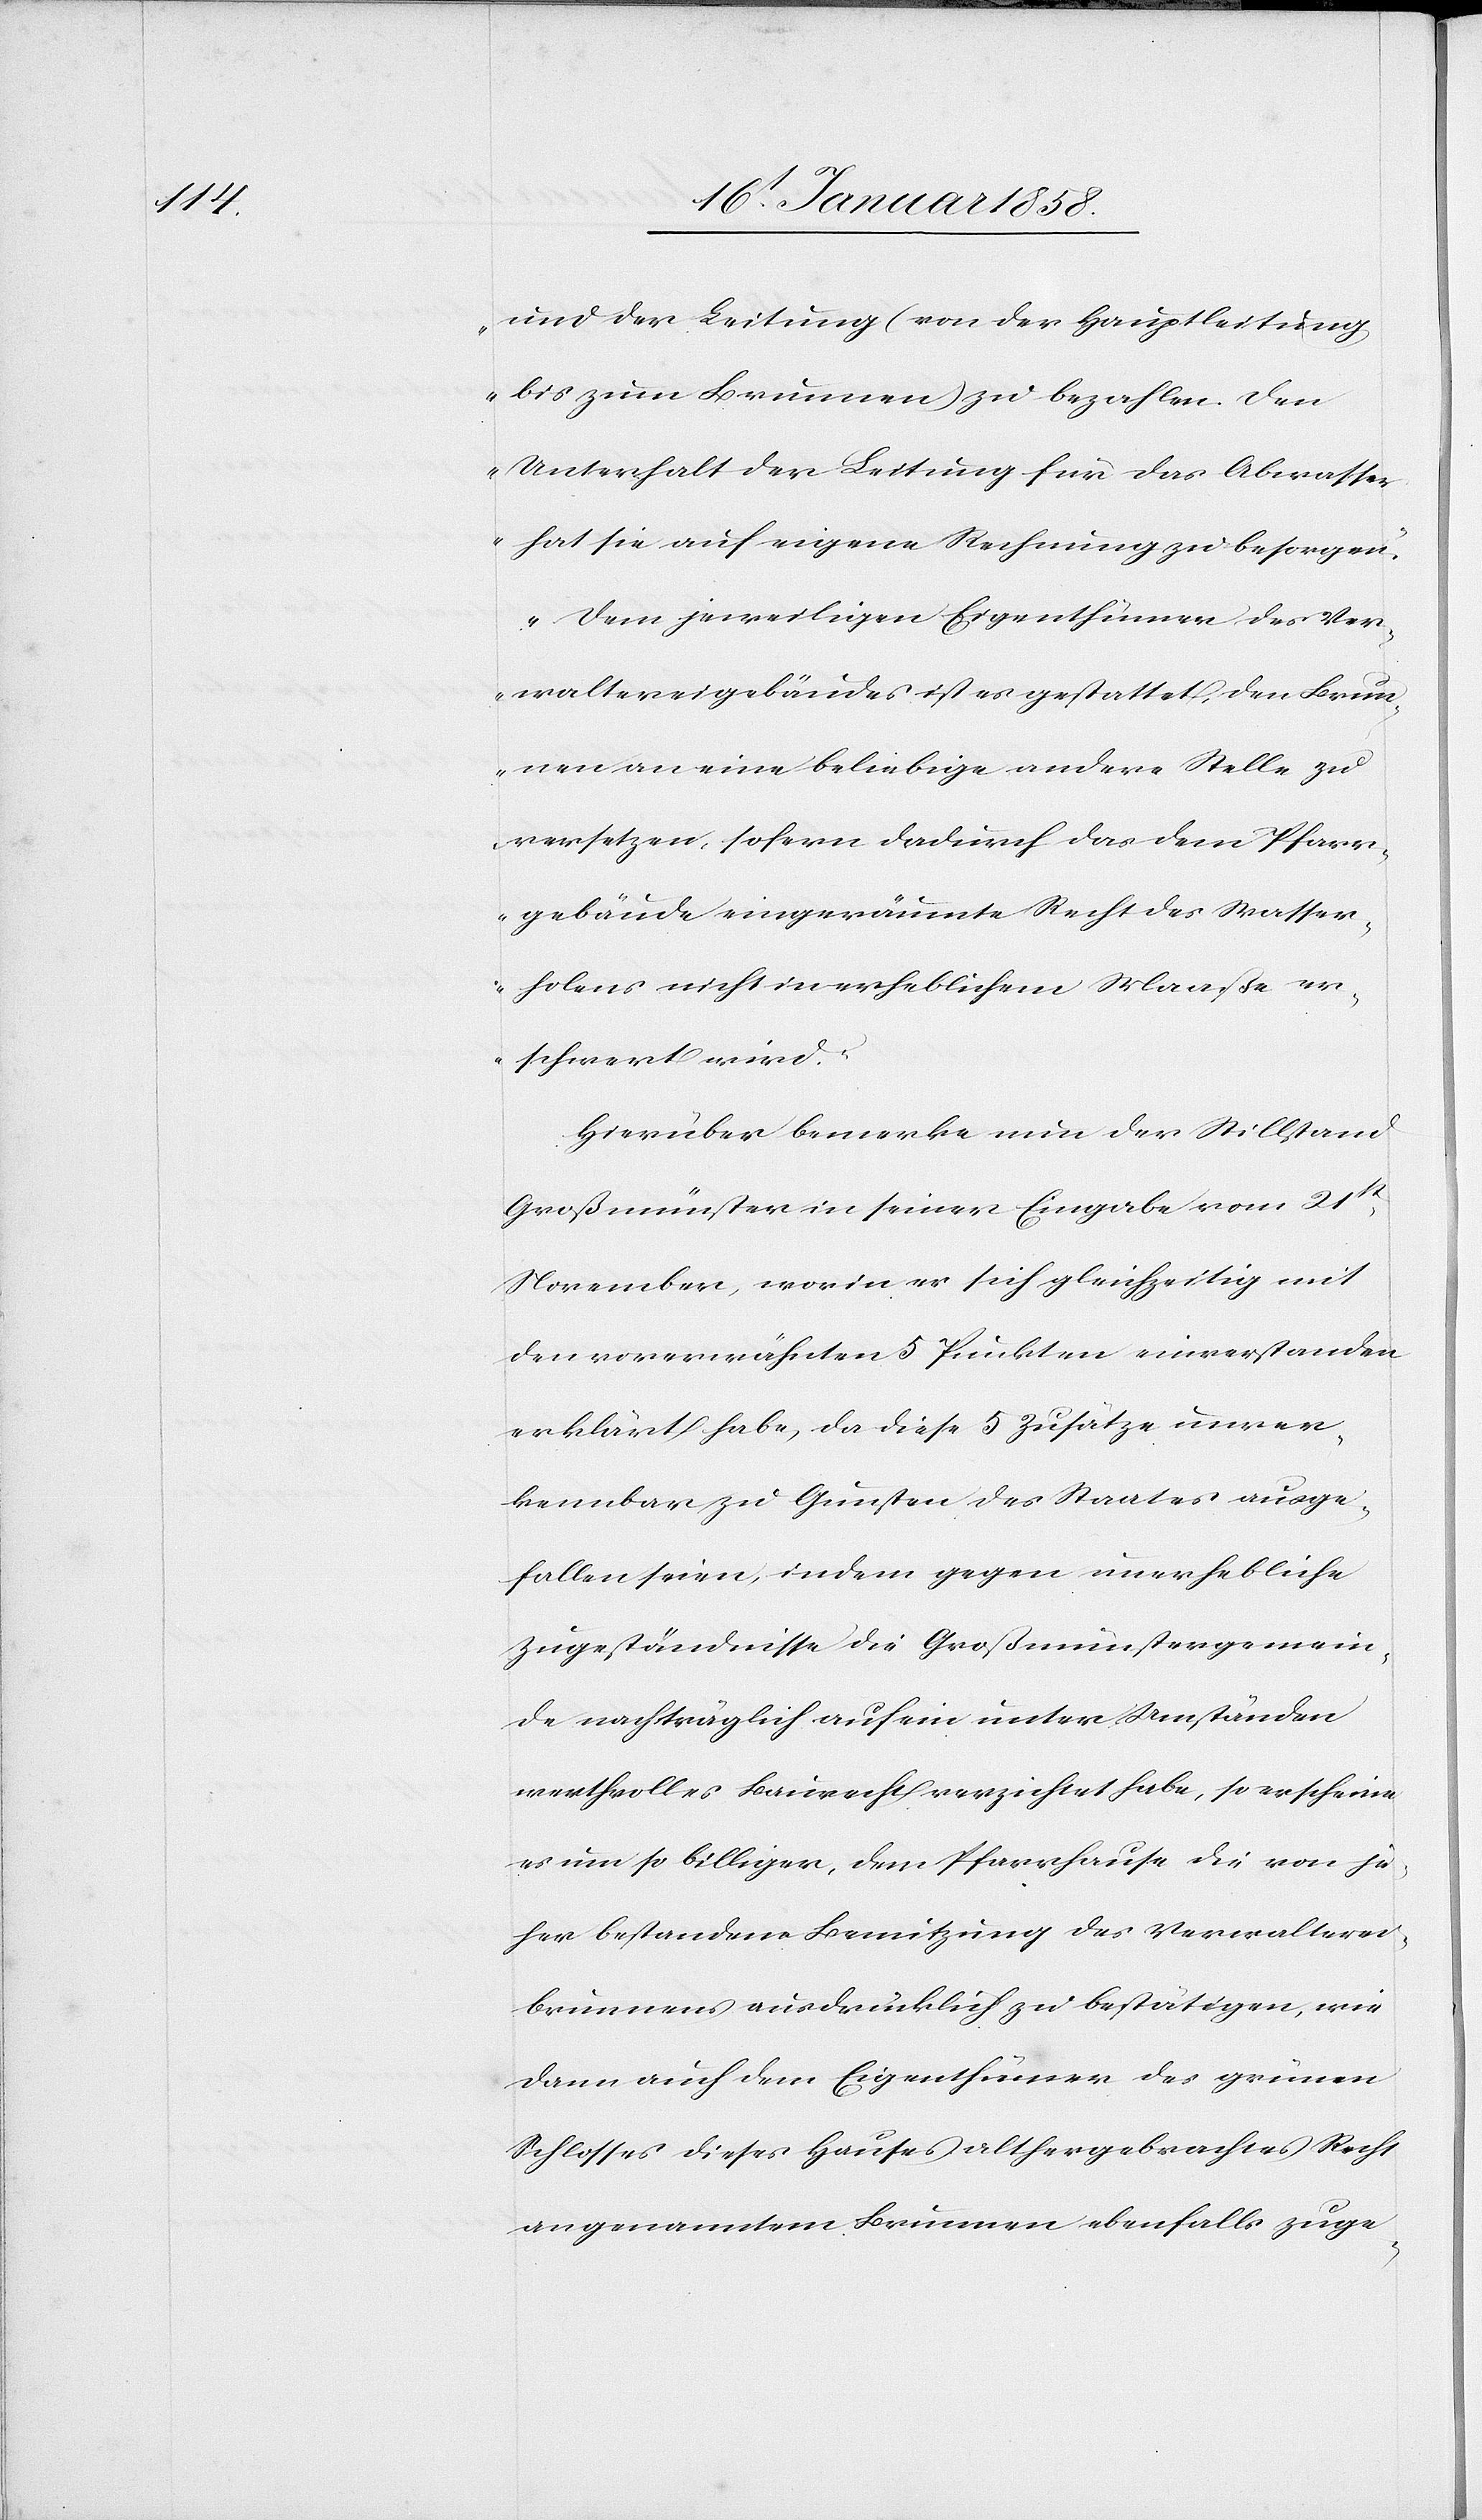
und der Leitung (von der Hauptleitung
bis zum Brunnen) zu bezahlen. Den
Unterhalt der Leitung für das Abwasser
hat sie auf eigene Rechnung zu besorgen.
Dem jeweiligen Eigenthümer des Ver¬
waltereigebäudes ist es gestattet, den Brun¬
nen an eine beliebige andere Stelle zu
versetzen, sofern dadurch das dem Pfarr¬
gebäude eingeräumte Recht des Wasser¬
holens nicht in erheblichem Maaße er¬
schwert wird.“
Hierüber bemerke nun der Stillstand
Großmünster in seiner Eingabe vom 21st
November, worin er sich gleichzeitig mit
den vorerwähnten 5 Punkten einverstanden
erklärt habe, da diese 5 Zusätze unver¬
kennbar zu Gunsten des Staates ausge¬
fallen seien, indem gegen unerhebliche
Zugeständnisse die Großmünstergemein¬
de nachträglich auf ein unter Umständen
werthvolles Baurecht verzichtet habe, so erscheine
es um so billiger, dem Pfarrhause die von je¬
her bestandene Benützung des Verwalterei¬
brunnens ausdrücklich zu bestätigten, wie
dann auch dem Eigenthümer des grünen
Schlosses dieses Hauses althergebrachtes Recht
an genanntem Brunnen ebenfalls zuge-